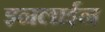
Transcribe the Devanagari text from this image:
इनलाईन